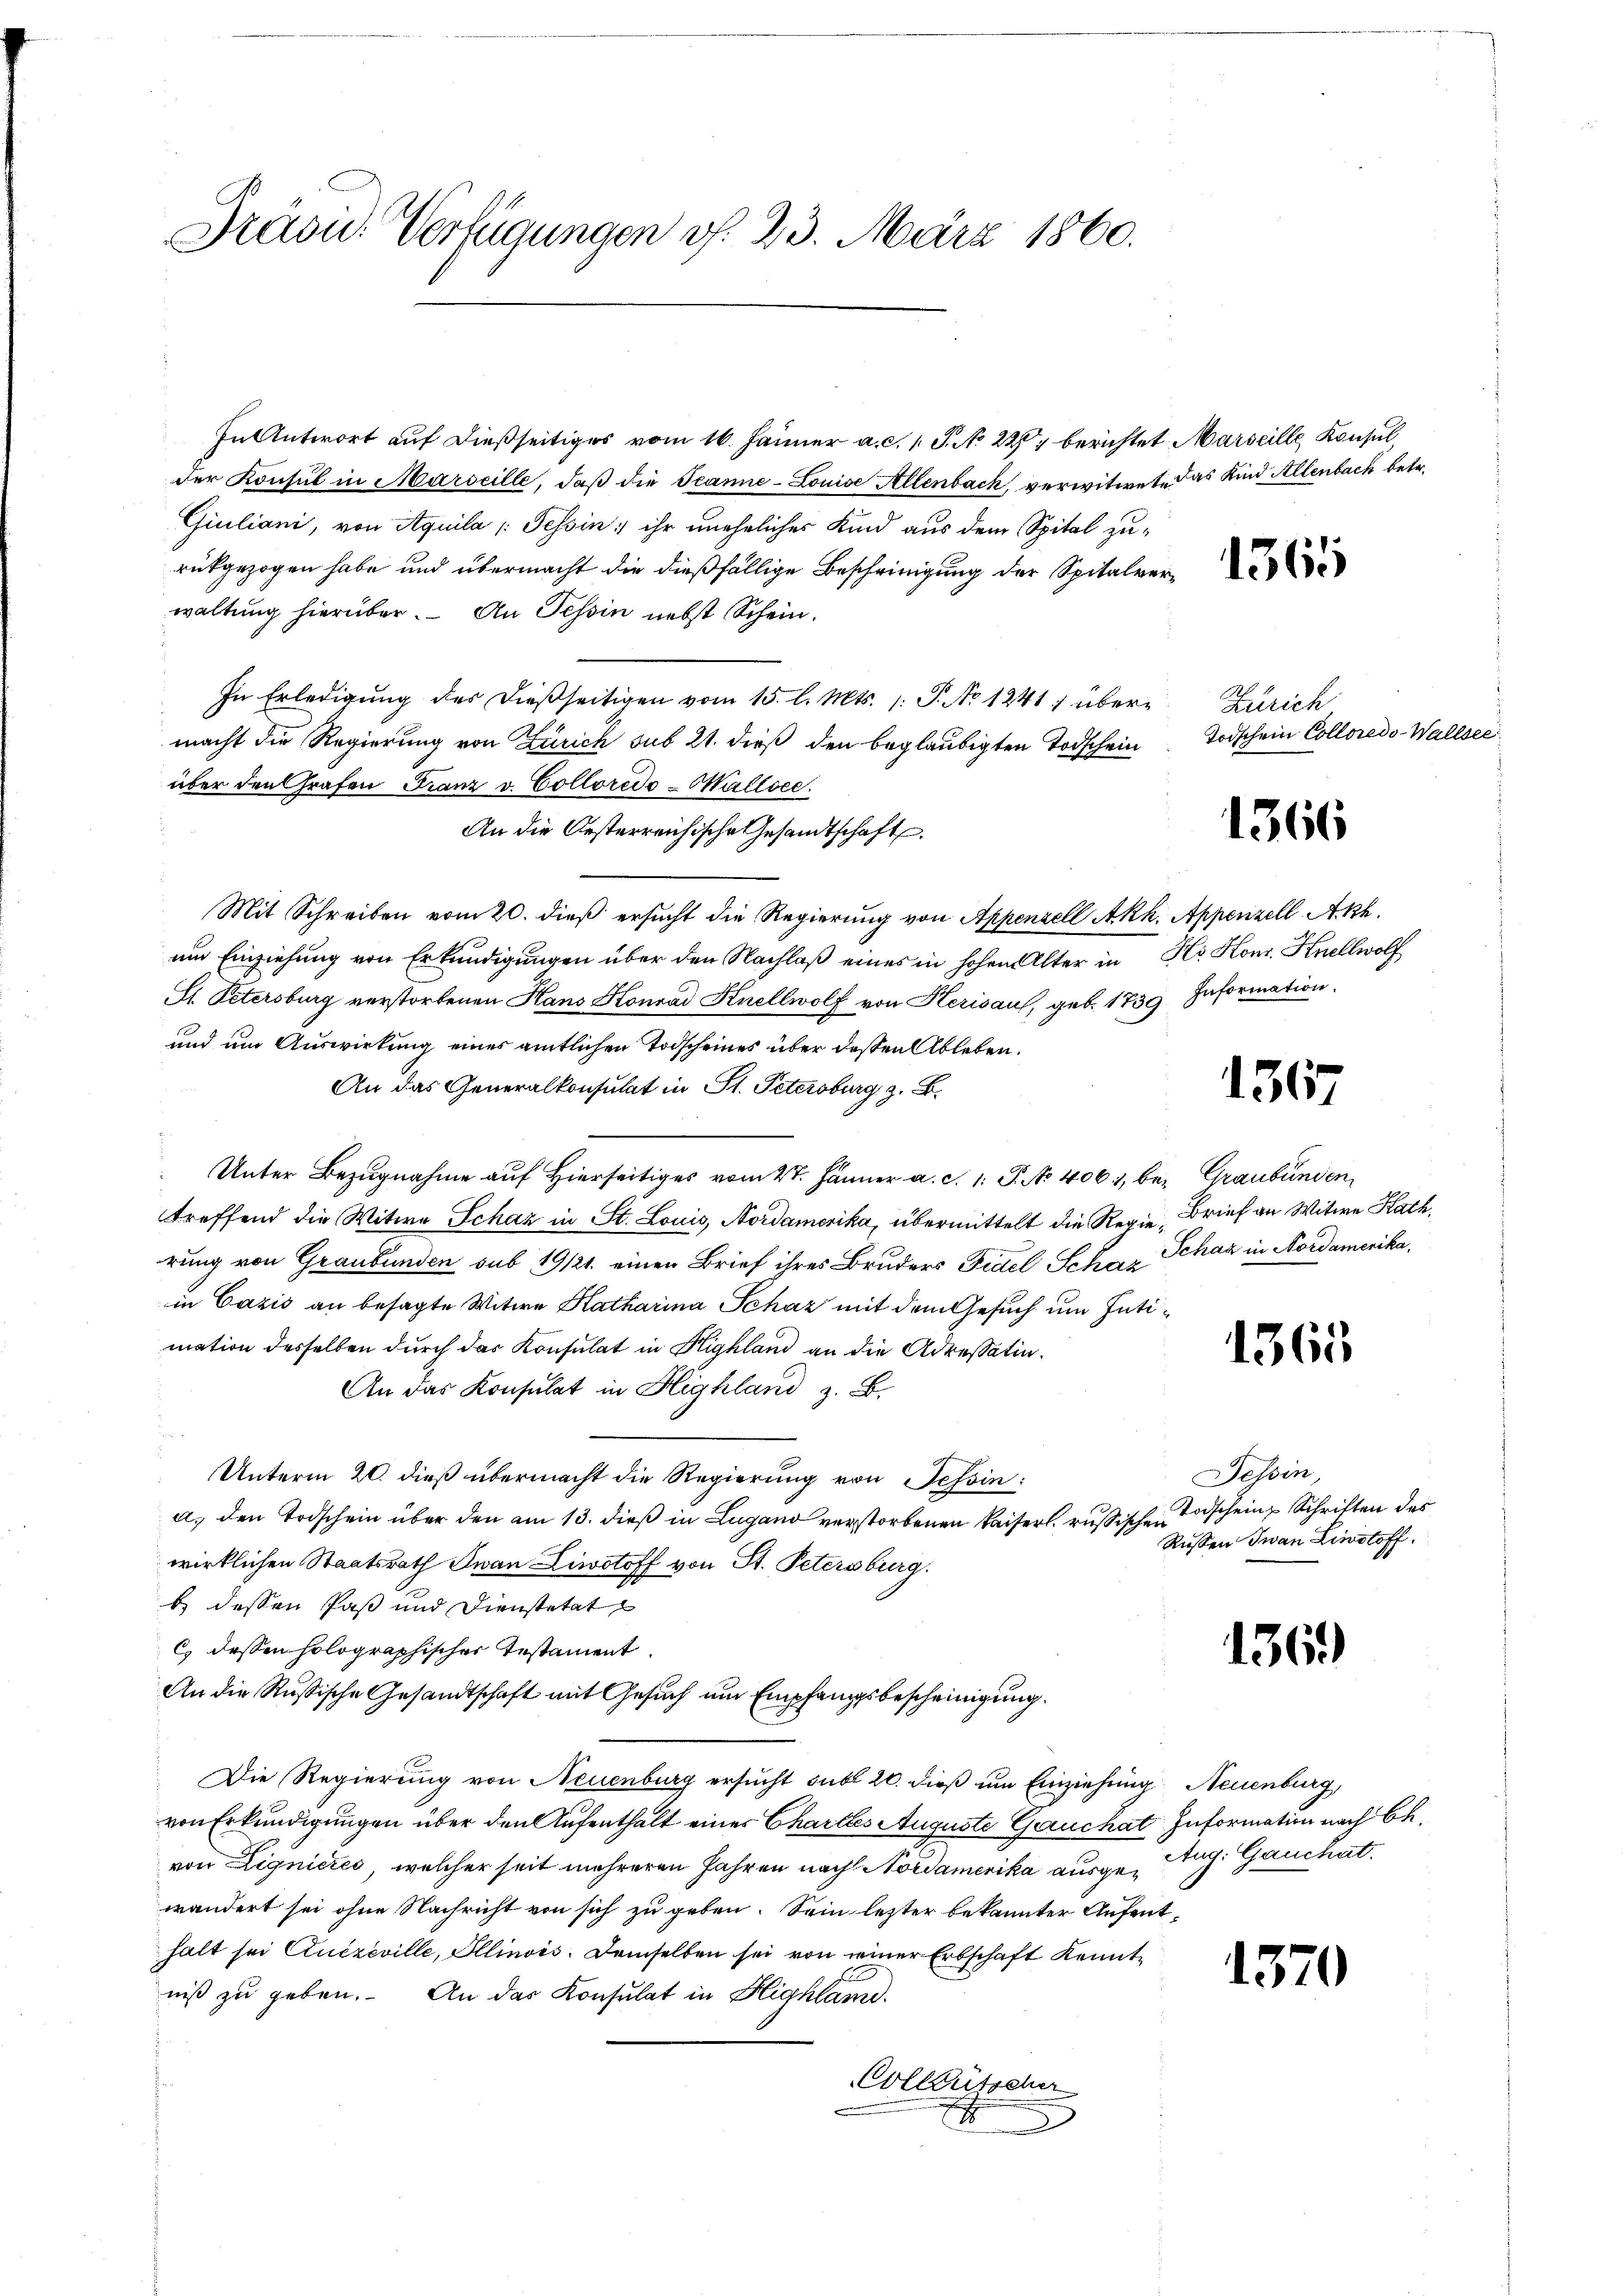
Präsid. Verfügungen d. 23. März 1860.

In Antwort auf dießseitiges vom 16. Jänner a. c. 1 S. No. 22 berichtet Marseille Konsul,
der Konsul in Marseille, daß die Jeanne-Louise Allenbach, verwitwet, das Kind Allenbach betr.
Giuliani, von Aquila (Tessin ihr uneheliches Kind aus dem Spital zurückgezogen habe und übermacht die dießfällige Bescheinigung der Spitalverwaltung hierüber. An Tessin nebst Schein.
In Erledigung des dießseitigen vom 15. l. Mts. /: P. No 1241) über Zürich
macht die Regierung von Zürich sub 21. dieß den beglaubigten Todschein Todschein Colloredo-Wallsei
über den Grafen Franz v. Colloredo-Sallocc.
An die Oesterreichische Gesandtschaft.
Mit Schreiben vom 20. dieß ersucht die Regierung von Appenzell Akk. Appenzell Akh.
um Einziehung von Erkundigungen über den Nachlaß eines in hohen Alter in K. Konr. Hellwol
St. Petersburg verstorbenen Hans Honrad Knellwolf von Herisau, geb. 1739. Information
und um Auswirkung eines amtlichen Todscheines über dessen Ableben.
An das Generalkonsulat in St. Petersburg, z. B.
Unter Bezugnahme auf Hierseitiges vom 27. Jänner a. c. 1: P. No 4061, bei Graubünden,
treffend die Witwe Schaz in St. Louis, Nordamerika, übermittelt die Regie-Brief an Witwe Rath,
rung von Graubünden sub 19/21. einen Brief ihres Bruders Fidel Scher Schaz in Nordamerika
in Cazis an besagte Witwe Katharina Schaz mit dem Gesuch um Intimation desselben durch das Konsulat in Highland an die Adressatin.
An das Konsulat in Highland z. B.
Unterm 20. dieß übermacht die Regierung von Tessin:
a. den Todschein über den am 13. dieß in Lugand verstorbenen Kaiserl. russischen Taschein Schriften des
wirklichen Staatsrath Iwan Liwotoff von St. Petersburg.
b dessen Paß und Dienstatat
C dessen holographischer Testament.
An die Russische Gesandtschaft mit Gesuch um Empfangsbescheinigung.
Die Regierung von Neuenburg ersucht sub 20. dieß um Einziehung Neuenburg,
von Erkundigungen über den Aufenthalt eines Charlles Auguste Gauchat Information nach Bevon Lignieres, welcher seit mehreren Jahren nach Nordamerika ausgewändert sei ohne Nachricht von sich zu geben. Sein lezter bekannter Aufenthalt sei Quezeville, Illinois. Demselben sei von einer Erbschaft kenntniß zu geben. An das Konsulat in Highland.
Colleütscher
.

1365

1366

1367

1365

Tessin
Russen Jwan Linstoff.

136.

Aug. Gauchat.

1370